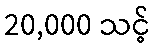
20,000 သင့်